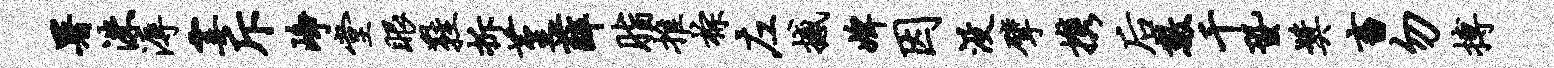
署洙溽霎斥峥堂眼鞋拆堇薛脂推棕左撼婢因没擘携後数千蛩奖畜勿搏